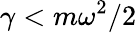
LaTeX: \gamma<m\omega^{2}/2